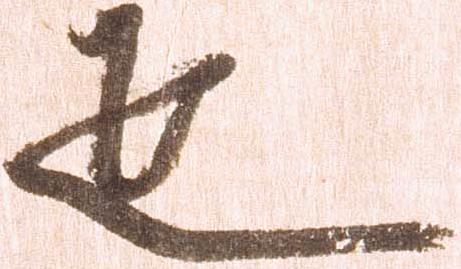
疋